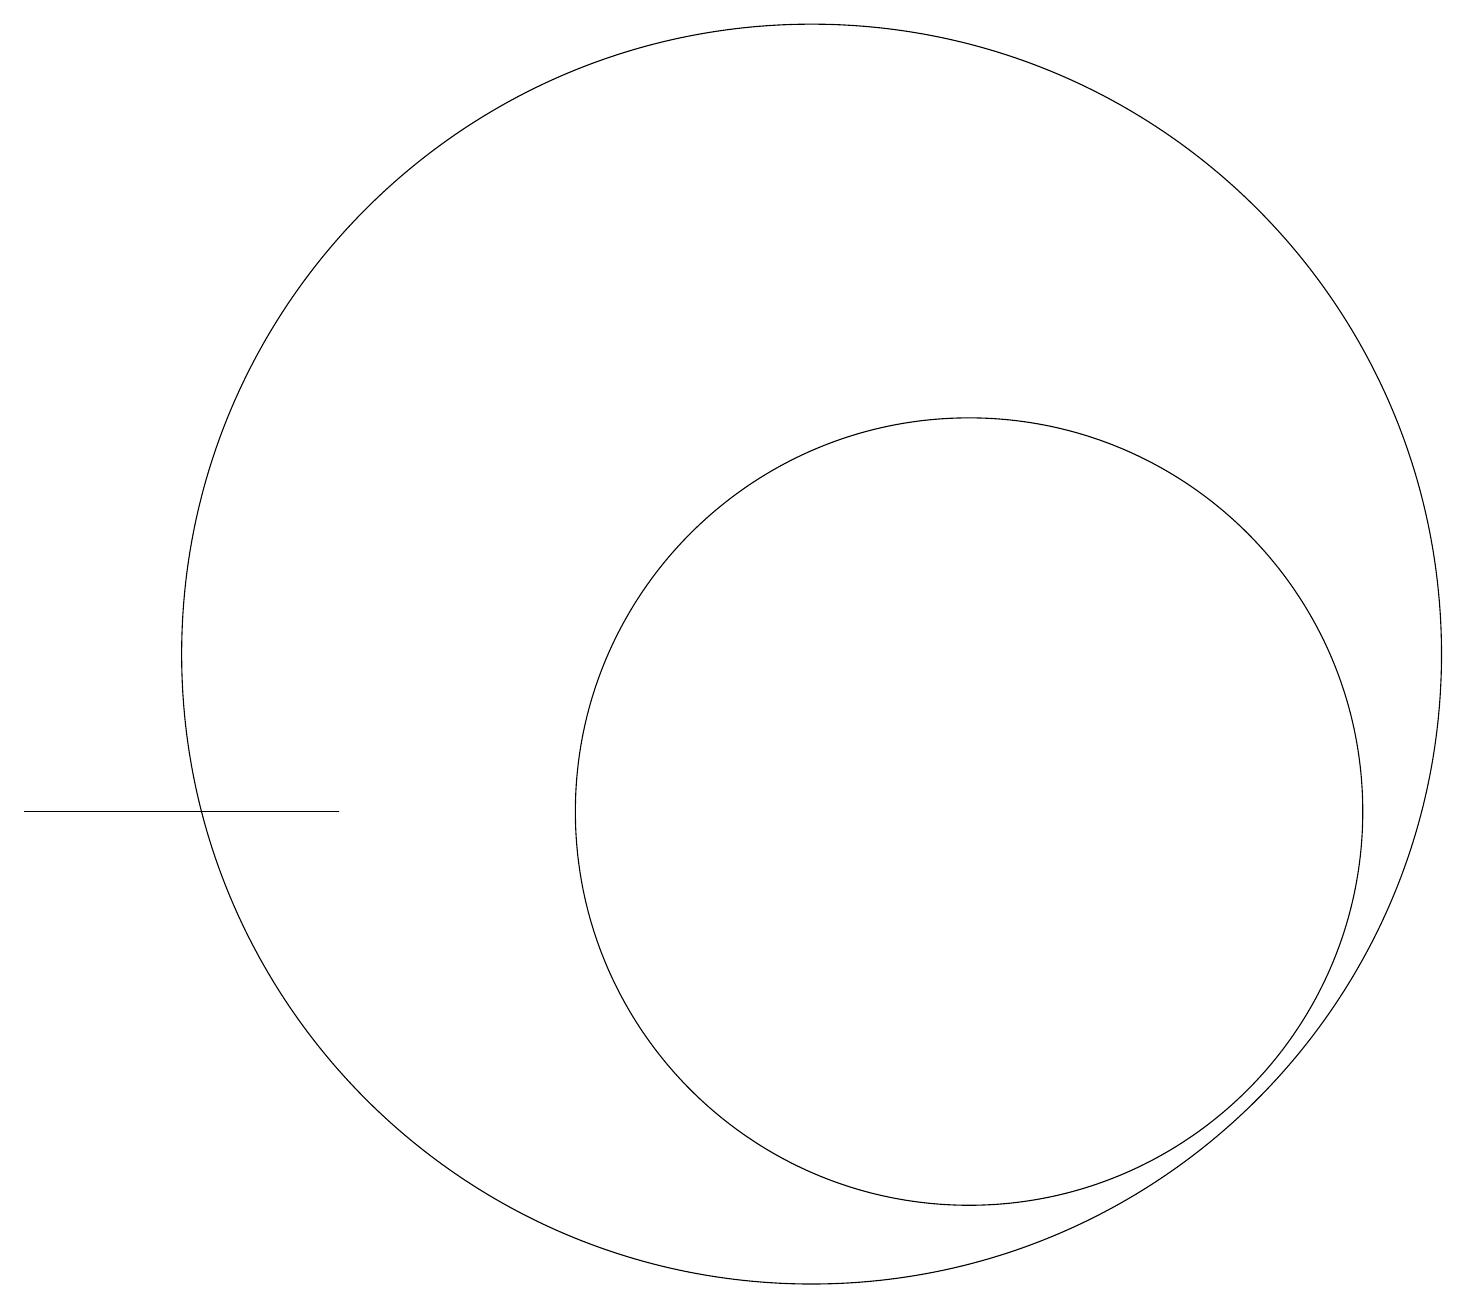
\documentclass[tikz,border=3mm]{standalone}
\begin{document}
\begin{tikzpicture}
\draw (11,11) circle (0);
\draw (4,10) rectangle (0,10);
\draw (10,12) circle (8);
\draw (12,10) circle (5);
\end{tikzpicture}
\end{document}